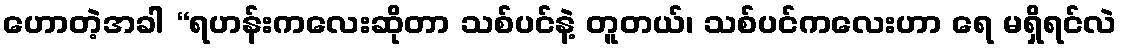
ဟောတဲ့အခါ “ရဟန်းကလေးဆိုတာ သစ်ပင်နဲ့ တူတယ်၊ သစ်ပင်ကလေးဟာ ရေ မရှိရင်လဲ